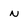
Character: N